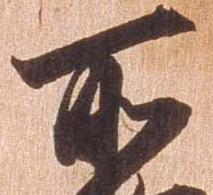
所